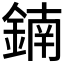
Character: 𨩇